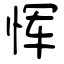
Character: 恽